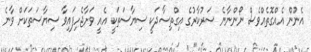
އެނޫން އެއްގޮތެއްވެސް ނޯންނާނެ ސަރުކާރުގެ އިގްތިސާދަކީ ސިޔާސަތަކީ އެއީ ވަށާޖެހިފައިވާ ސިޔާސަތަކަށް ވާނެ